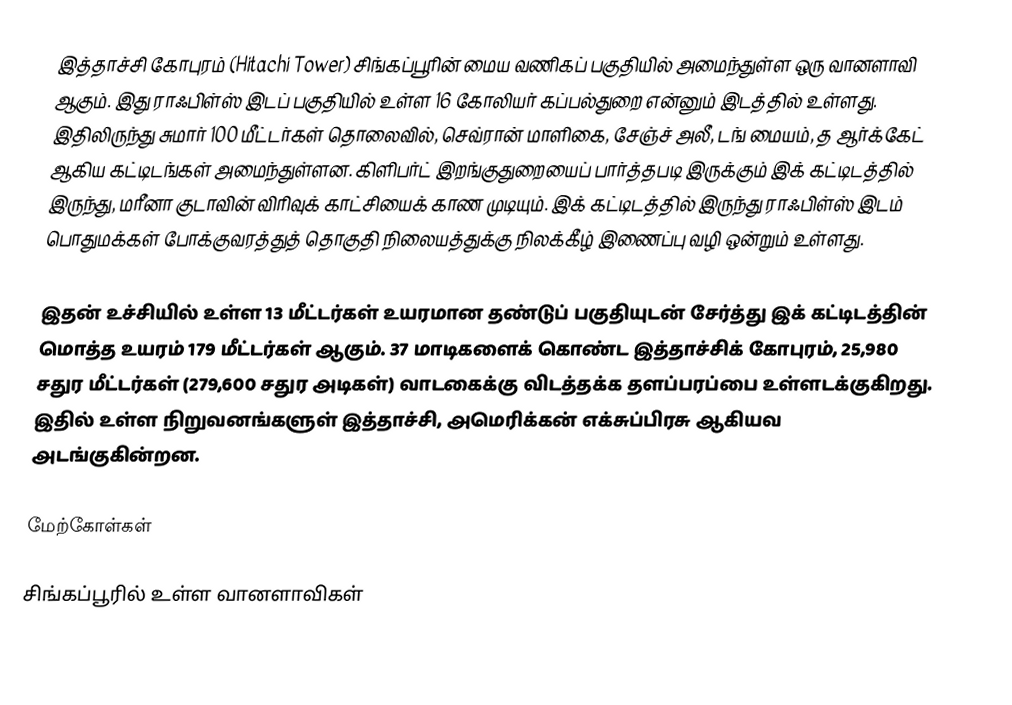
இத்தாச்சி கோபுரம் (Hitachi Tower) சிங்கப்பூரின் மைய வணிகப் பகுதியில் அமைந்துள்ள ஒரு வானளாவி ஆகும். இது ராஃபிள்ஸ் இடப் பகுதியில் உள்ள 16 கோலியர் கப்பல்துறை என்னும் இடத்தில் உள்ளது. இதிலிருந்து சுமார் 100 மீட்டர்கள் தொலைவில், செவ்ரான் மாளிகை, சேஞ்ச் அலீ, டங் மையம், த ஆர்க்கேட் ஆகிய கட்டிடங்கள் அமைந்துள்ளன. கிளிபர்ட் இறங்குதுறையைப் பார்த்தபடி இருக்கும் இக் கட்டிடத்தில் இருந்து, மரீனா குடாவின் விரிவுக் காட்சியைக் காண முடியும். இக் கட்டிடத்தில் இருந்து ராஃபிள்ஸ் இடம் பொதுமக்கள் போக்குவரத்துத் தொகுதி நிலையத்துக்கு நிலக்கீழ் இணைப்பு வழி ஒன்றும் உள்ளது.

இதன் உச்சியில் உள்ள 13 மீட்டர்கள் உயரமான தண்டுப் பகுதியுடன் சேர்த்து இக் கட்டிடத்தின் மொத்த உயரம் 179 மீட்டர்கள் ஆகும். 37 மாடிகளைக் கொண்ட இத்தாச்சிக் கோபுரம், 25,980 சதுர மீட்டர்கள் (279,600 சதுர அடிகள்) வாடகைக்கு விடத்தக்க தளப்பரப்பை உள்ளடக்குகிறது. இதில் உள்ள நிறுவனங்களுள் இத்தாச்சி, அமெரிக்கன் எக்சுப்பிரசு ஆகியவ அடங்குகின்றன.

மேற்கோள்கள்

சிங்கப்பூரில் உள்ள வானளாவிகள்